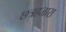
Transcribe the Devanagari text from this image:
छत्रहजारा